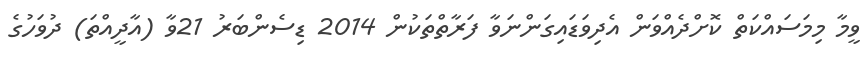
ވީމާ މިމަސައްކަތް ކޮށްދެއްވަން އެދިވަޑައިގަންނަވާ ފަރާތްތަކުން 2014 ޑިސެންބަރު 21ވާ (އާދީއްތަ) ދުވަހުގެ